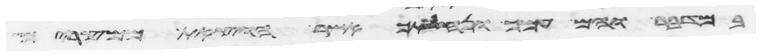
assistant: במדבר והם עמך ונחלתך אשר הוצאת ממצרים